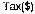
TAX($)